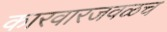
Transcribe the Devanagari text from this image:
कारवारजवळच